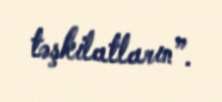
təşkilatların”.